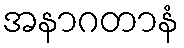
အနာဂတာနံ